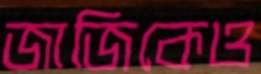
জাজিকেও